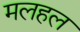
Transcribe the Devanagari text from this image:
मलहल